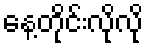
နေ့တိုင်းလိုလို